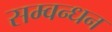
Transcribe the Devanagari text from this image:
सम्वन्धन